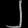
Digit: ၂